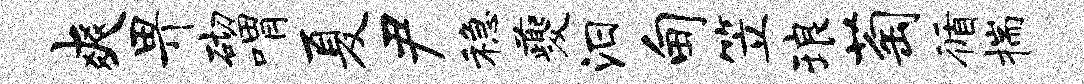
爽畀砌喟夏尹稳夔汨甸笠琅萄循揣